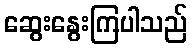
ဆွေးနွေးကြပါသည်